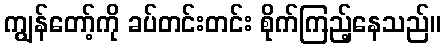
ကျွန်တော့်ကို ခပ်တင်းတင်း စိုက်ကြည့်နေသည်။